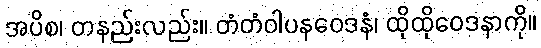
အပိစ၊ တနည်းလည်း။ တံတံဝါပနဝေဒနံ၊ ထိုထိုဝေဒနာကို။